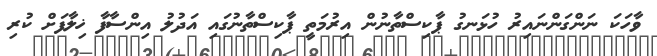
ވާހަކަ ނަންގަންނައިރު ހުޅަނގު ޕާކިސްތާނުން އިރުމަތީ ޕާކިސްތާނުގައި އަދުލު އިންސާފާ ޚިލާފަށް ކުރި